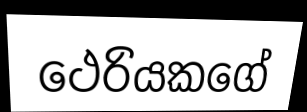
ථෙරියකගේ